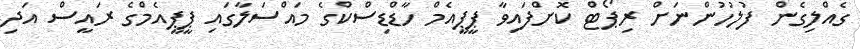
ގެއްލިގެން ފުލުހުންނަށް ރިޕޯޓް ކޮށްފައިވާ ޕީޕީއެމް ހާޑްޑިސްކްގެ މައްސަލާގައި ޕީޕީއެމްގެ ރައީސް އަދި